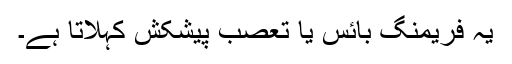
یہ فریمنگ بائس یا تعصبِ پیشکش کہلاتا ہے۔